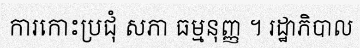
ការកោះប្រជុំ សភា ធម្មនុញ្ញ ។ រដ្ឋាភិបាល